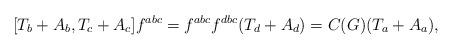
LaTeX: \begin{align*}[T_{b}+A_{b},T_{c}+A_{c}]f^{abc} = f^{abc}f^{dbc}(T_{d}+A_{d}) = C(G)(T_{a}+A_{a}),\end{align*}